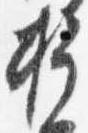
権